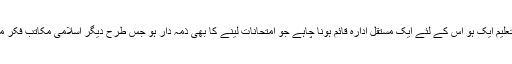
جب نصاب تعلیم ایک ہو اس کے لئے ایک مستقل ادارہ قائم ہونا چاہے جو امتحانات لینے کا بھی ذمہ دار ہو جس طرح دیگر اسلامی مکاتب فکر میں رائج ہے۔